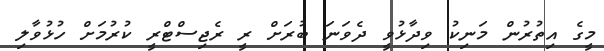
މީގެ އިތުރުން މަނިކު ވިދާޅުވީ ދެވަނަ ބުރަށް ރީ ރެޖިސްޓްރީ ކުރުމަށް ހުޅުވާލި